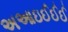
અઆઇઈઈઈ